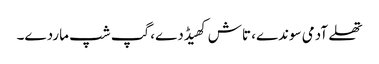
تھلے آدمی سوندے، تاش کھیڈدے، گپ شپ ماردے۔